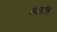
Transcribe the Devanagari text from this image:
नगरपिते